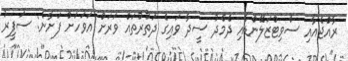
ރާއްޖެއާއި ސްވިޓްޒަލޭންޑާއި ދެމެދު ސީދާ ވައިގެ ދަތުރުތައް ވަރަށް އަވަހަށް ފަށާނެ: ސަފީރު